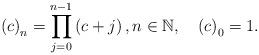
LaTeX: \begin{align*}\left( c\right) _{n}={\displaystyle\prod\limits_{j=0}^{n-1}}\left( c+j\right) ,n\in\mathbb{N},\quad\left( c\right) _{0}=1.\end{align*}